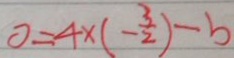
0 = 4 \times ( - \frac { 3 } { 2 } ) - b